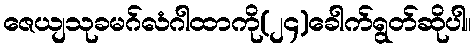
ဇေယျသုခမဂ်လံဂါထာကို(၂၄)ခေါက်ရွတ်ဆိုပါ။